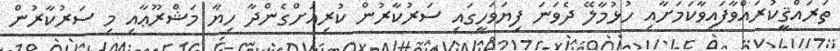
ތަރައްޤީކުރައްވާފައިވާކަމަށާއި ހުޅުމާލޭ ދެވަނަ ފިޔަވަހީގައި ސަރުކާރުން ކުރިއަށްގެންދާ ހިޔާ މަޝްރޫޢާއި މި ސަރުކާރުން